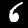
Digit: 6